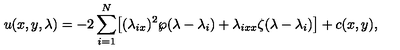
u ( x , y , \lambda ) = - 2 \sum _ { i = 1 } ^ { N } \bigl [ ( \lambda _ { i x } ) ^ { 2 } \wp ( \lambda - \lambda _ { i } ) + \lambda _ { i x x } \zeta ( \lambda - \lambda _ { i } ) \bigr ] + c ( x , y ) ,